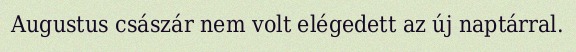
Augustus császár nem volt elégedett az új naptárral.